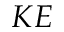
K E